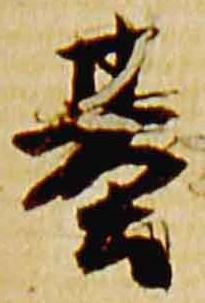
基